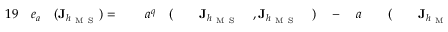
\begin{array} { r l r l r l r l r l r l r l r l r l r } { { 1 9 } } & { { } e _ { a } } & { ( \mathbf { J } _ { h _ { \mathrm { ~ M ~ S ~ } } } ) = { } } & { { } } & { a ^ { q } } & { { } ( } & { } & { { } \mathbf { J } _ { h _ { \mathrm { ~ M ~ S ~ } } } } & { , \mathbf { J } _ { h _ { \mathrm { ~ M ~ S ~ } } } } & { { } ) } & { { } - { } } & { { } a } & { } & { { } ( } & { } & { { } \mathbf { J } _ { h _ { \mathrm { ~ M ~ S ~ } } } } & { , \mathbf { J } _ { h _ { \mathrm { ~ M ~ S ~ } } } } & { { } ) } & { , } \end{array}